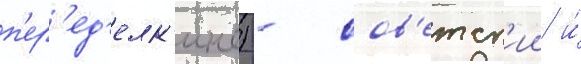
п'ер'ед'елк'ино) - сов'етск'ии и́